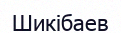
Шикібаев